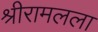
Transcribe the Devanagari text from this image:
श्रीरामलला